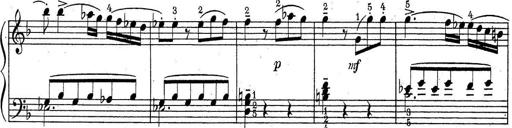
Title: ÄŒeskÃ© Sonatiny
Composer: Various